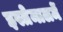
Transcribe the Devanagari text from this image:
इस्तेमालमें